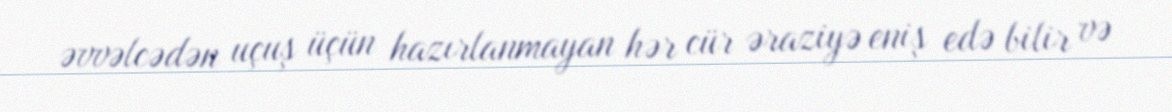
əvvəlcədən uçuş üçün hazırlanmayan hər cür əraziyə eniş edə bilir və